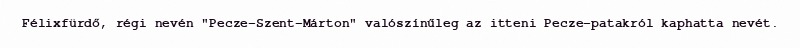
Félixfürdő, régi nevén "Pecze-Szent-Márton" valószínűleg az itteni Pecze-patakról kaphatta nevét.